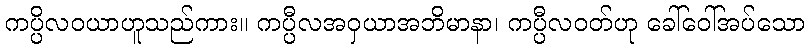
ကပ္ပိလဝယာဟူသည်ကား။ ကပ္ပီလအဝှယာအဘိမာနာ၊ ကပ္ပီလဝတ်ဟု ခေါ်ဝေါ်အပ်သော